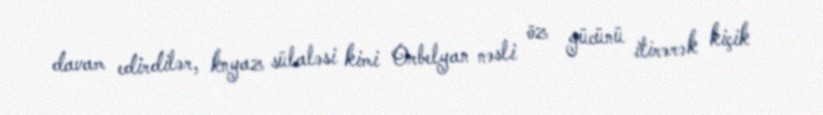
davam edirdilər, knyaz sülaləsi kimi Orbelyan nəsli öz gücünü itirərək kiçik